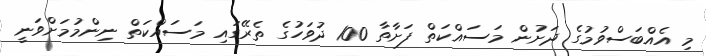
މި އެއްބަސްވުމުގެ ދަށުން މަސައްކަތް ފަށާތާ 100 ދުވަހުގެ ތެރޭގައި މަސައްކަތް ނިންމުމަށްވަނީ